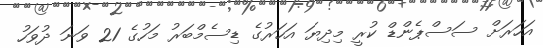
އަހަރަށް ސަސްޕެންޑް ކުރީ މިދިޔަ އަހަރުގެ ޑިސެމްބަރު މަހުގެ 21 ވަނަ ދުވަހު